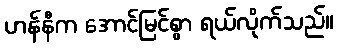
ဟန်နီက အောင်မြင်စွာ ရယ်လိုက်သည်။